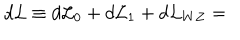
d { \cal { L } } \equiv d { \cal { L } } _ { 0 } + d { \cal { L } } _ { 1 } + d { \cal { L } } _ { W Z } =